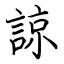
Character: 諒